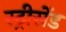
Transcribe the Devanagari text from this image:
स्ट्रीसेंड